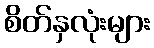
စိတ်နှလုံးများ